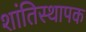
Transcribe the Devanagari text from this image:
शांतिस्थापक